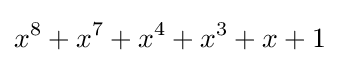
x^{8}+x^{7}+x^{4}+x^{3}+x+1